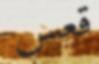
قعس